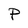
Character: P